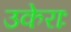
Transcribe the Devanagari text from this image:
उकेराः